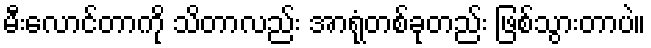
မီးလောင်တာကို သိတာလည်း အာရုံတစ်ခုတည်း ဖြစ်သွားတာပဲ။